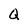
Character: Q